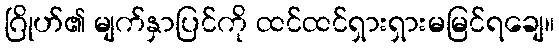
ဂြိုဟ်၏ မျက်နှာပြင်ကို ထင်ထင်ရှားရှားမမြင်ရချေ။